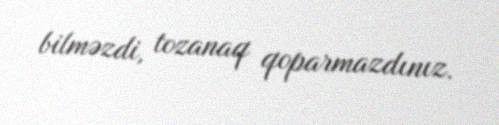
bilməzdi, tozanaq qoparmazdınız.